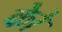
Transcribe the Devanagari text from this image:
कोे